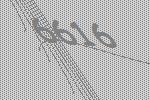
6616